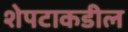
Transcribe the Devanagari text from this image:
शेपटाकडील